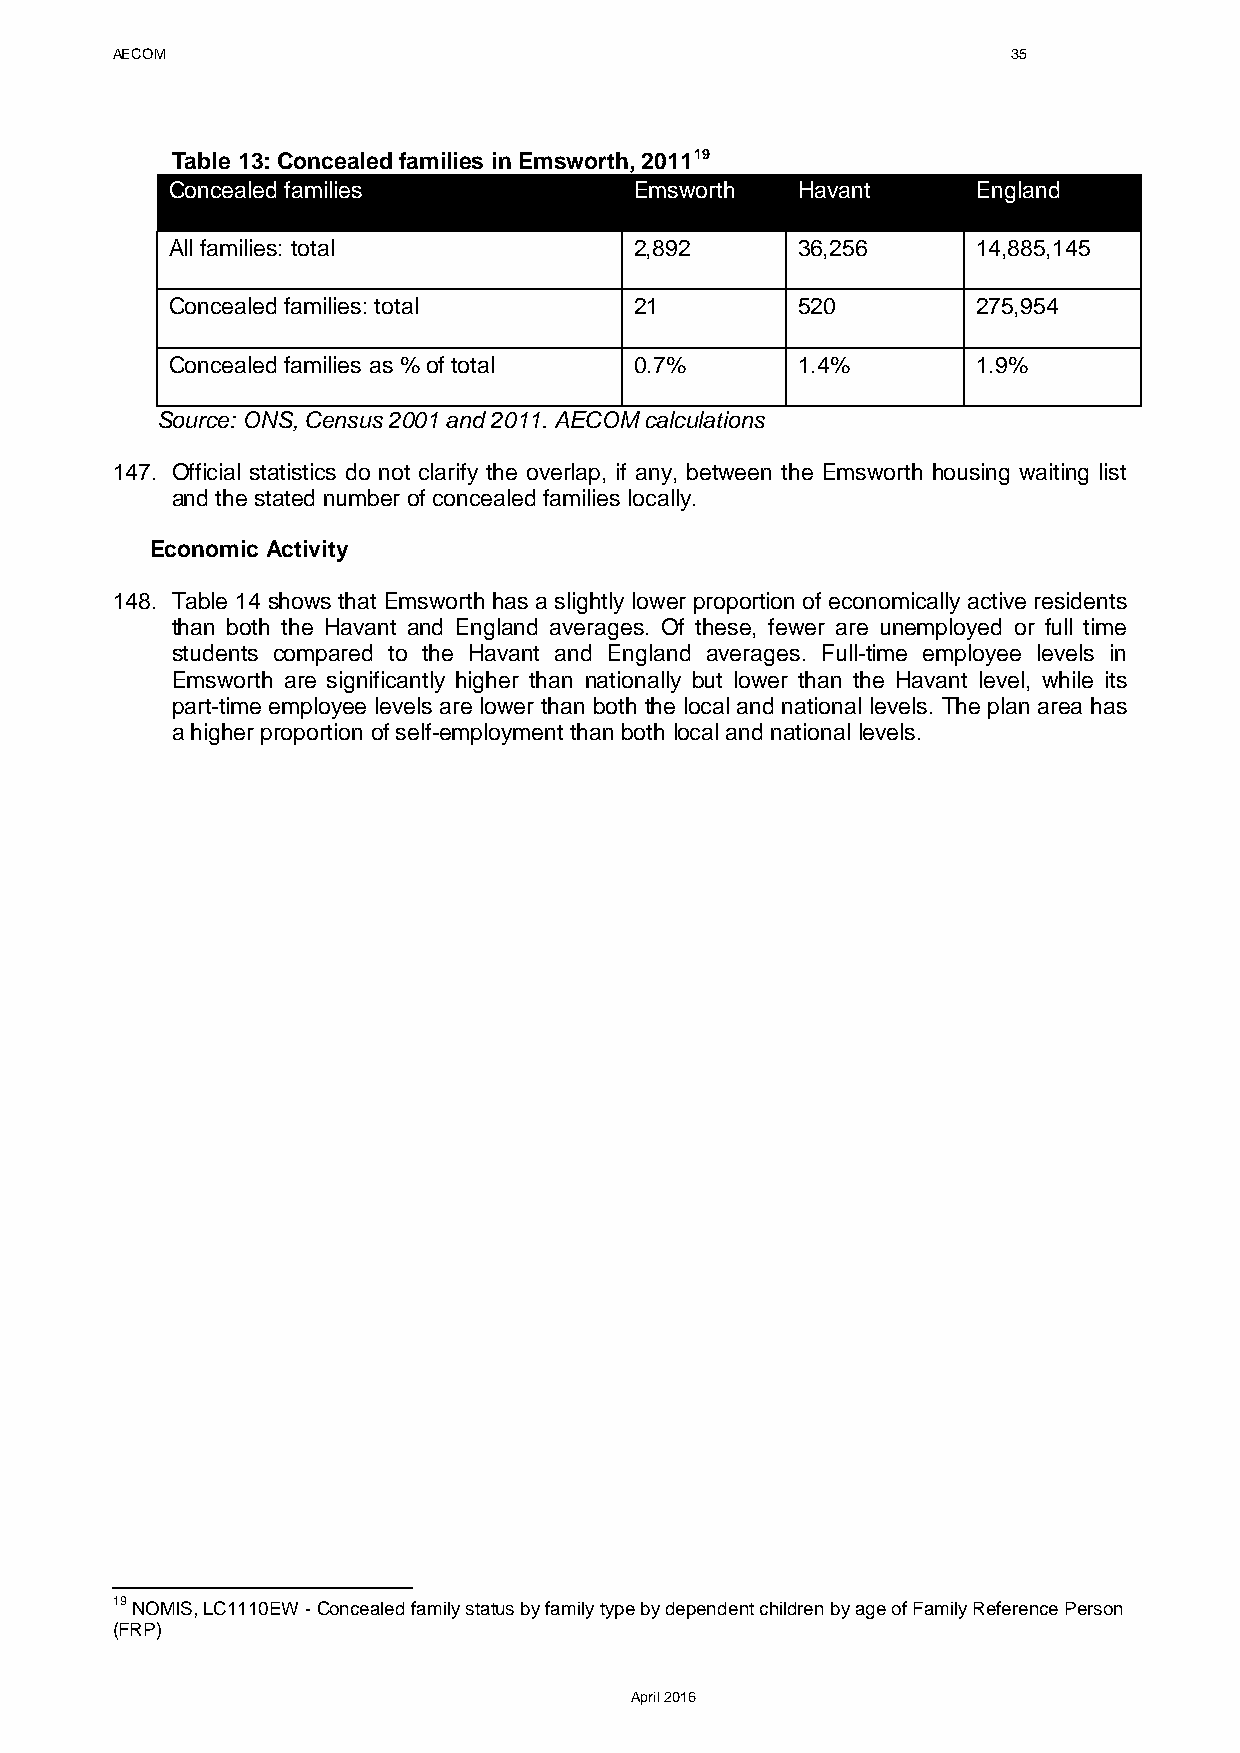
AECOM                                                       35
 Table 13: Concealed families in Emsworth, 201119
 Concealed families             Emsworth   Havant      England
 All families: total            2,892      36,256      14,885,145
 Concealed families: total      21         520         275,954
 Concealed families as % of total 0.7%     1.4%        1.9%
 Source: ONS, Census 2001 and 2011. AECOM calculations
 147. Official statistics do not clarify the overlap, if any, between the Emsworth housing waiting list
 and the stated number of concealed families locally.
 Economic Activity
 148. Table 14 shows that Emsworth has a slightly lower proportion of economically active residents
 than both the Havant and England averages. Of these, fewer are unemployed or full time
 students compared to the Havant and England averages. Full-time employee levels in
 Emsworth are significantly higher than nationally but lower than the Havant level, while its
 part-time employee levels are lower than both the local and national levels. The plan area has
 a higher proportion of self-employment than both local and national levels.
 19 NOMIS, LC1110EW - Concealed family status by family type by dependent children by age of Family Reference Person
 (FRP)
 April 2016